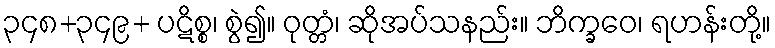
၃၄၈+၃၄၉+ ပဋိစ္စ၊ စွဲ၍။ ဝုတ္တံ၊ ဆိုအပ်သနည်း။ ဘိက္ခဝေ၊ ရဟန်းတို့။